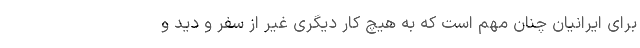
برای ایرانیان چنان مهم است که به هیچ کار دیگری غیر از سفر و دید و